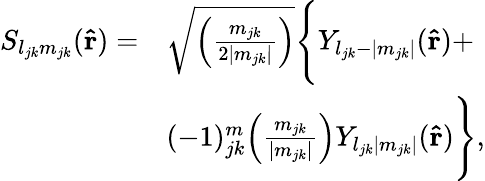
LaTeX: \begin{array}{rl}{S_{l_{jk}m_{jk}}(\mathbf{\hat{r}})=}&{\sqrt{\Big(\frac{m_{jk}}{2|m_{jk}|}\Big)}\Bigg\{ Y_{l_{jk}-|m_{jk}|}(\mathbf{\hat{r}})+}\\ &{(-1)_{jk}^{m}\Big(\frac{m_{jk}}{|m_{jk}|}\Big)Y_{l_{jk}|m_{jk}|}(\mathbf{\hat{r}})\Bigg\} ,}\end{array}